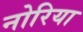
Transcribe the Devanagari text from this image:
नोरिया